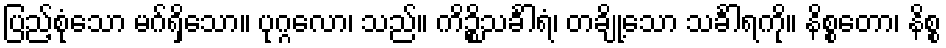
ပြည့်စုံသော မဂ်ရှိသော။ ပုဂ္ဂလော၊ သည်။ ကိဉ္စိသင်္ခါရံ၊ တချို့သော သင်္ခါရကို။ နိစ္စတော၊ နိစ္စ